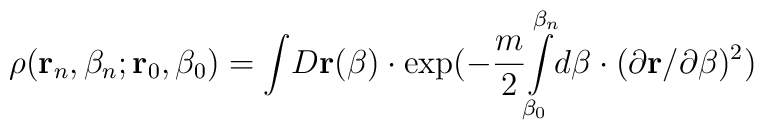
\rho ({\bf r}_n,\beta _n;{\bf r}_0,\beta _0)={\int }D{\bf r}(\beta )\cdot\exp (-\frac m2{\int\limits_{\beta _0}^{\beta _n}}d\beta \cdot (\partial {\bf r}/\partial \beta )^2)